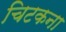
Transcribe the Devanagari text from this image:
चिटकना